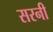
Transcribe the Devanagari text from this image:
सरनी